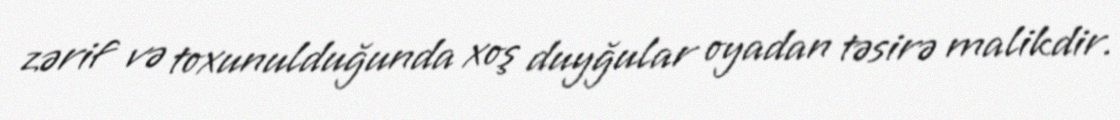
zərif və toxunulduğunda xoş duyğular oyadan təsirə malikdir.